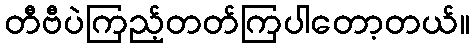
တီဗီပဲကြည့်တတ်ကြပါတော့တယ်။